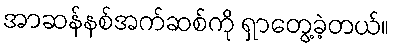
အာဆန်နစ်အက်ဆစ်ကို ရှာတွေ့ခဲ့တယ်။